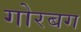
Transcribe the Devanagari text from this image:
गोरबग